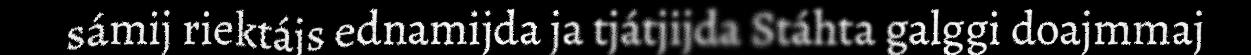
sámij riektájs ednamijda ja tjátjijda Stáhta galggi doajmmaj